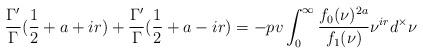
LaTeX: \begin{align*}\frac{\Gamma'}{\Gamma}(\frac12+a+ir)+\frac{\Gamma'}{\Gamma}(\frac12+a-ir)=-pv\int_0^\infty \frac{f_0(\nu)^{2a}}{f_1(\nu)}\nu^{ir}d^\times\nu\end{align*}